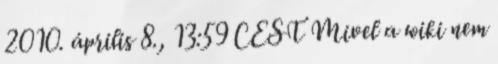
2010. április 8., 13:59 CEST Mivel a wiki nem